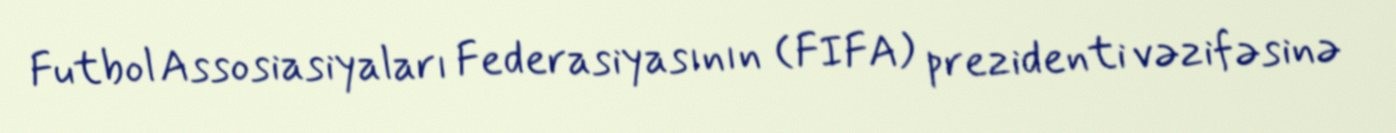
Futbol Assosiasiyaları Federasiyasının (FIFA) prezidenti vəzifəsinə